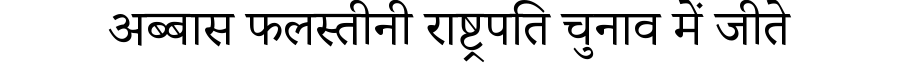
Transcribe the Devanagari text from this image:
अब्बास फलस्तीनी राष्ट्रपति चुनाव में जीते